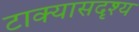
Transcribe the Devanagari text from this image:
टाक्यासदृश्य